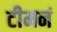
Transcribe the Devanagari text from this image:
टीमनं